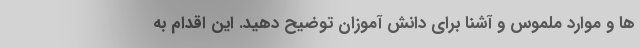
ها و موارد ملموس و آشنا برای دانش آموزان توضیح دهید. این اقدام به